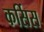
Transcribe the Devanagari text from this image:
कर्सिस